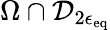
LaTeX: \Omega\cap\mathcal{D}_{2\epsilon_{\mathrm{eq}}}